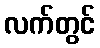
လက်တွင်